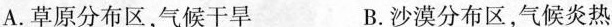
A.草原分布区，气候干旱 B.沙漠分布区，气候炎热